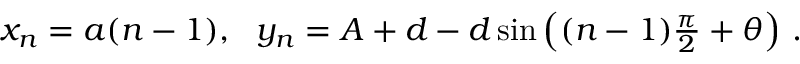
\begin{array} { r } { x _ { n } = a ( n - 1 ) , \ \ y _ { n } = A + d - d \sin \left( ( n - 1 ) \frac { \pi } { 2 } + \theta \right) \, . } \end{array}